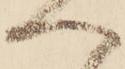
へ